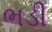
ભડી